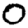
Digit: 0